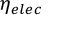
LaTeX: \eta _ { e l e c }